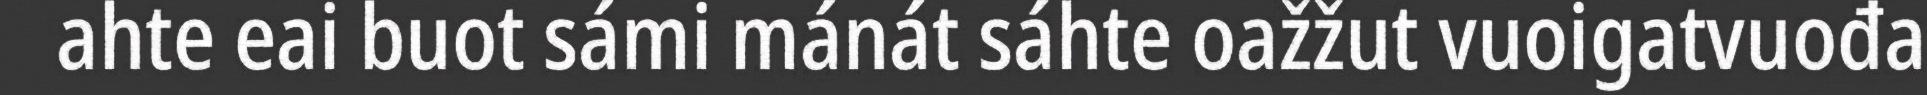
ahte eai buot sámi mánát sáhte oažžut vuoigatvuođa